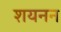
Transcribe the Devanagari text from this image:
शयनन